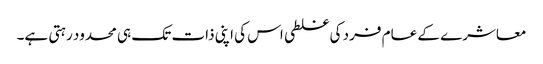
معاشرے کے عام فرد کی غلطی اس کی اپنی ذات تک ہی محدود رہتی ہے۔